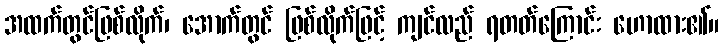
အထက်တွင်ဖြစ်လိုက်၊ အောက်တွင် ဖြစ်လိုက်ဖြင့် ကျင်လည် ရတတ်ကြောင်း ဟောထား၏။